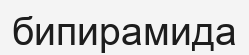
бипирамида